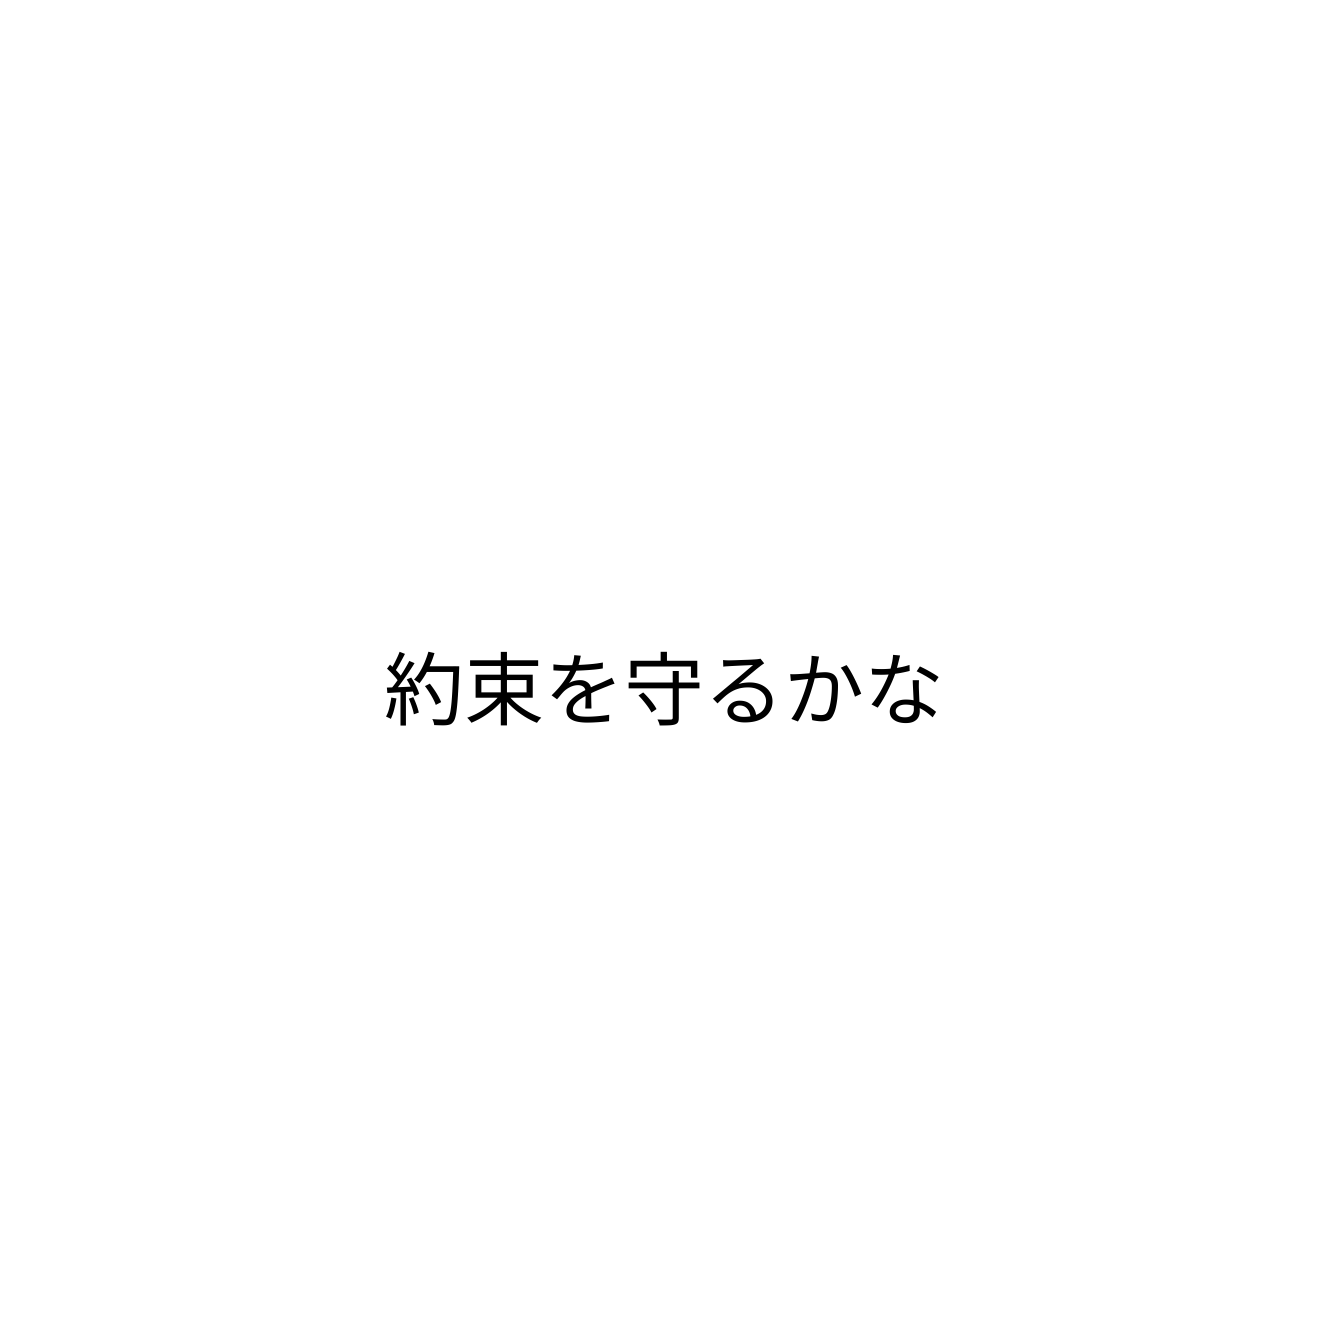
約束を守るかな